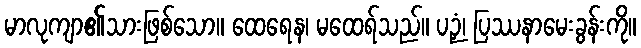
မာလုကျာ၏သားဖြစ်သော။ ထေရေန၊ မထေရ်သည်။ ပဉှံ၊ ပြဿနာမေးခွန်းကို။